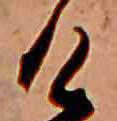
け